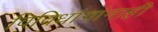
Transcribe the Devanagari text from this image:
विविधांगांनाही